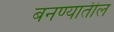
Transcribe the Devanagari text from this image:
बनण्यातील